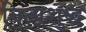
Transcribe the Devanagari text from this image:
नित्यशुद्ध